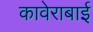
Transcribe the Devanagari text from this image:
कावेराबाई